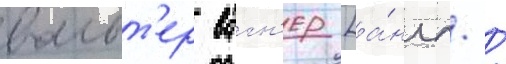
вальт'ер вагн'ер [а́нгл. /